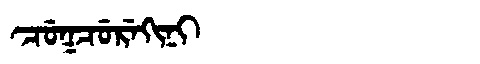
Manchu: ᠴᡠᡴᠴᡠᡵᡝᡴᡳᠨᡳ
Romanization: CUKCUREKINI